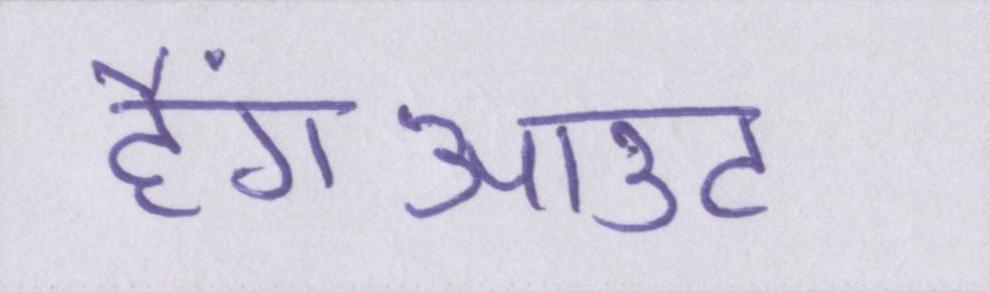
हैंगआउट